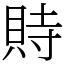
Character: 䝰